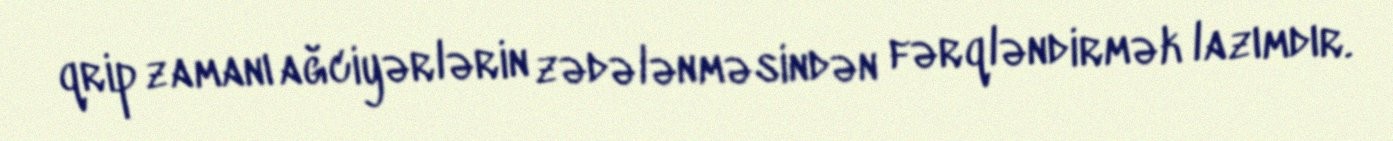
qrip zamanı ağciyərlərin zədələnməsindən fərqləndirmək lazımdır.